Vabadussoja_Ajaloo_Komitee, lk 77
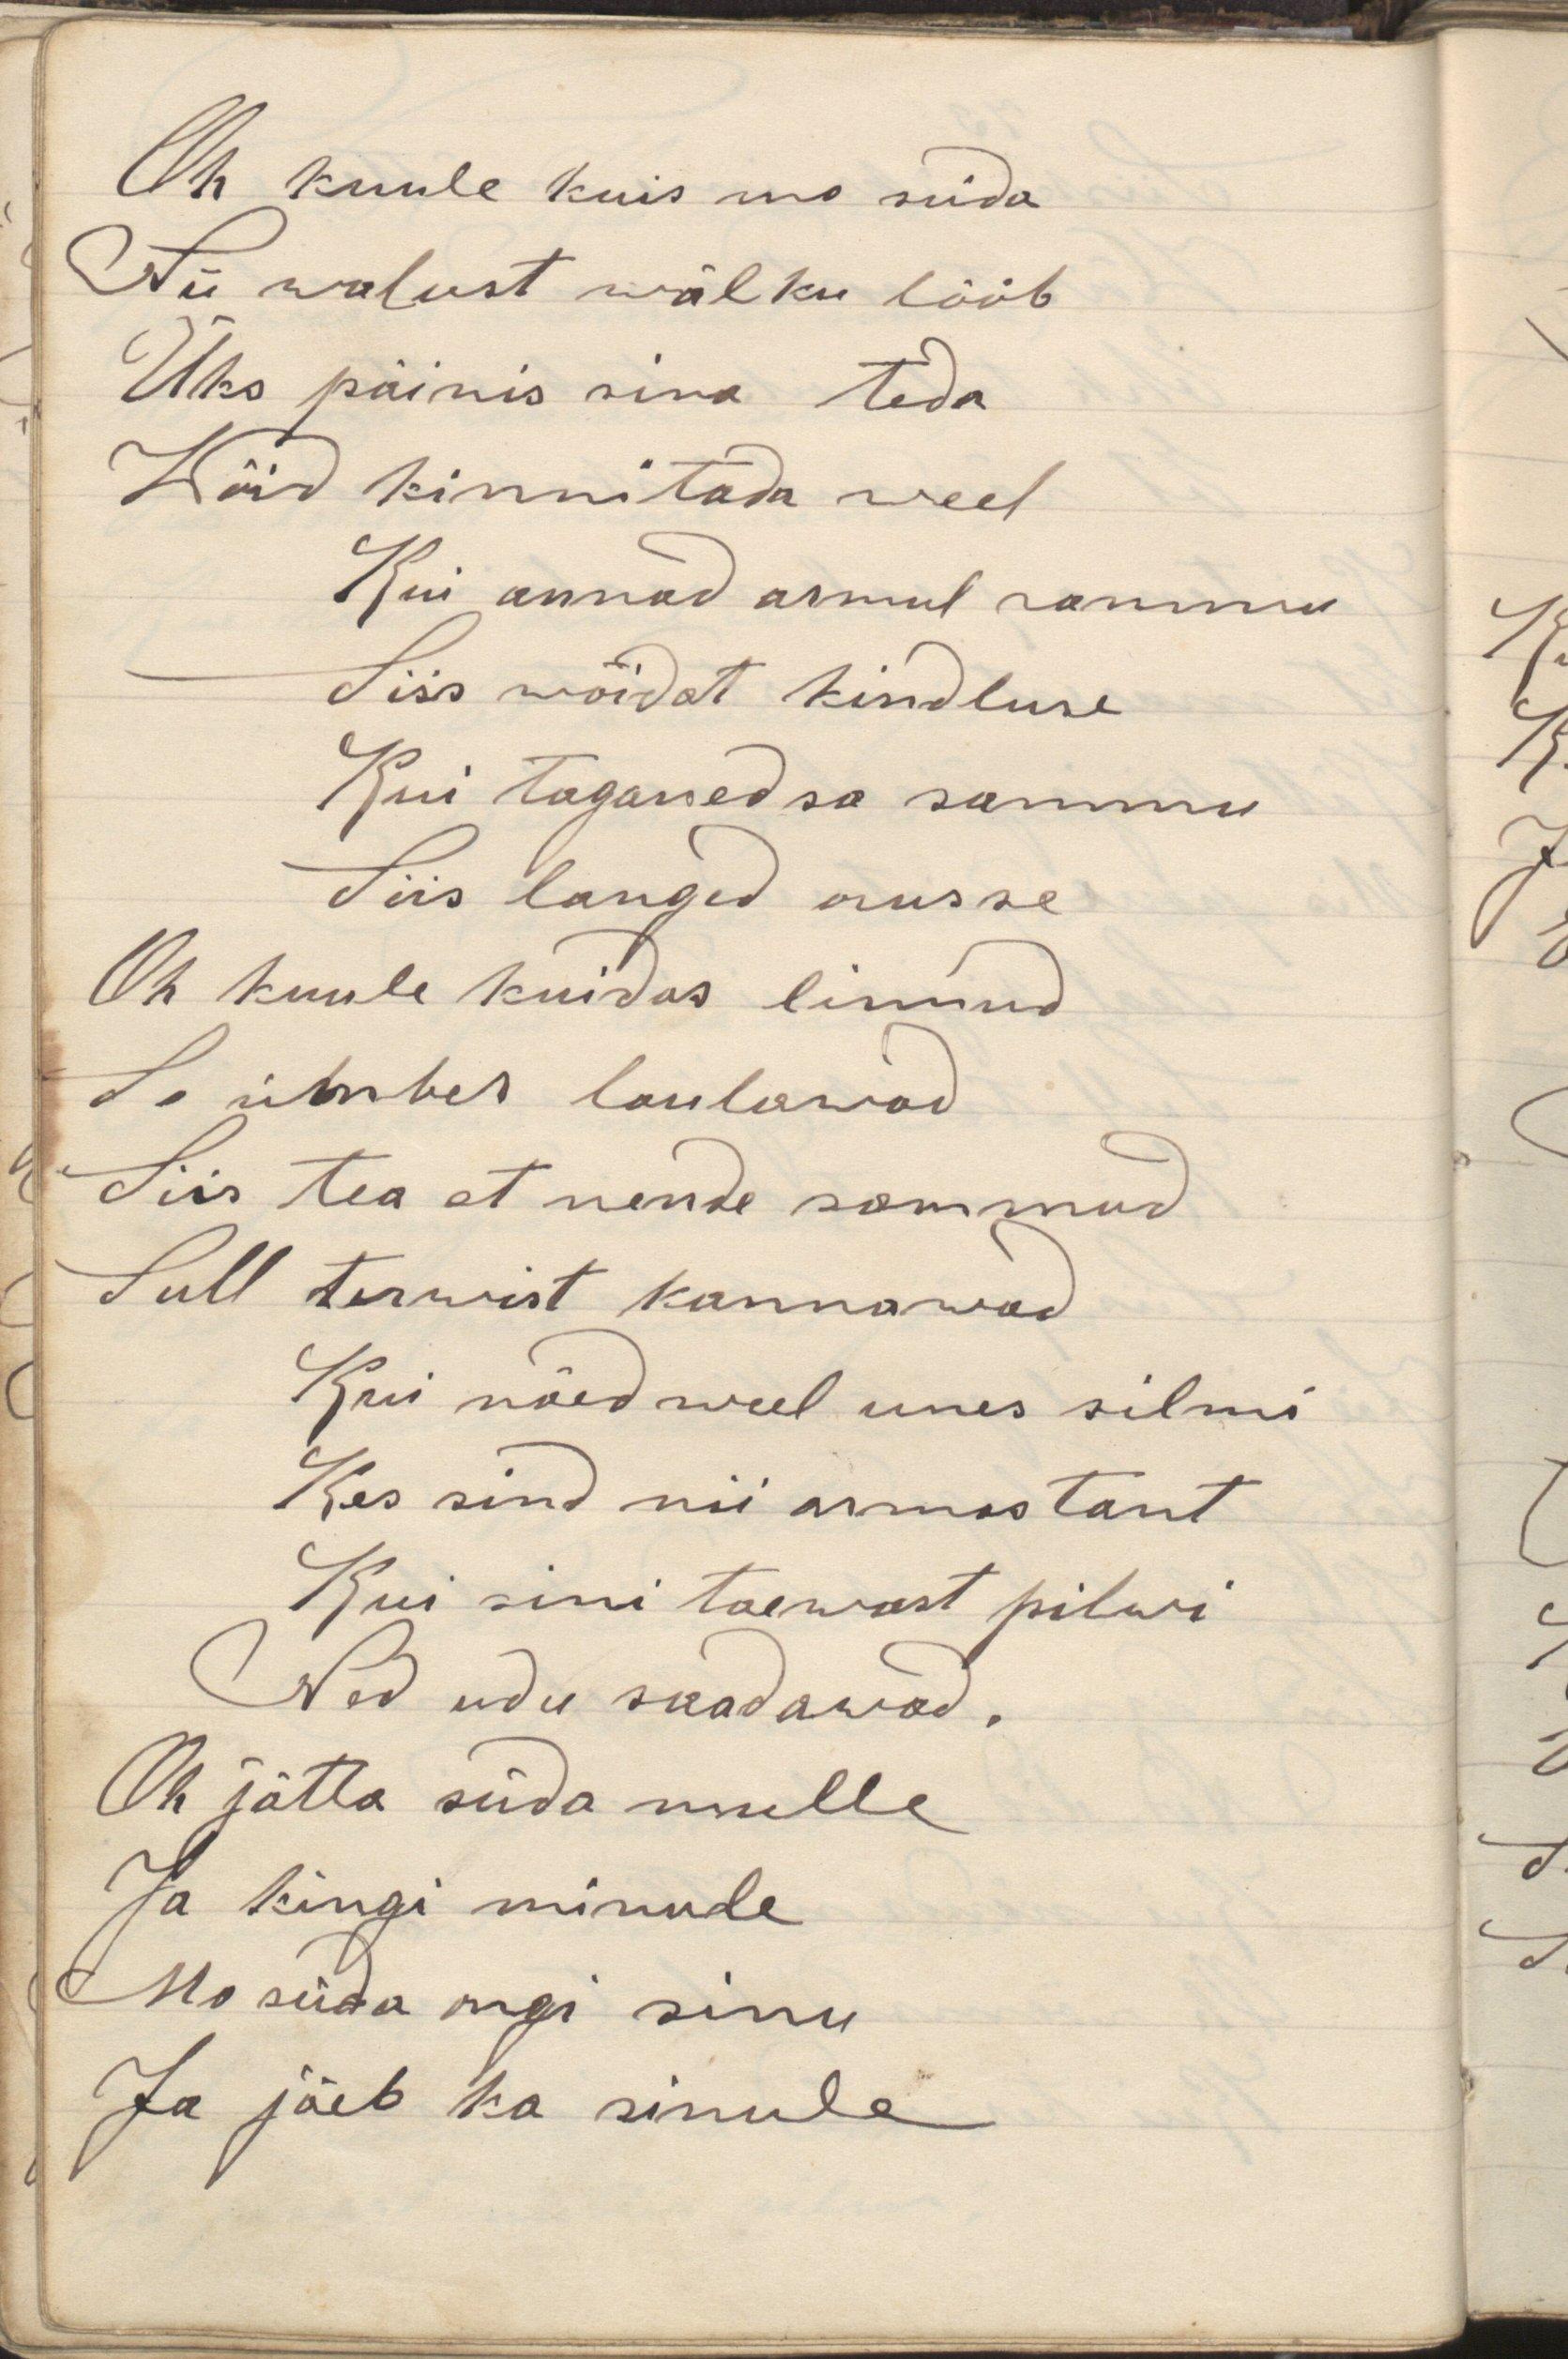
Oh kuule kuis mo süda
Nii walust wälku lööb
Üks päinis sina teda
Wõid kinnitada weel
Kui annad armul rammu
Siis wõidat kindluse
Kui taganed sa sammu
Siis langed orusse
Oh kuule kuidas linnud
So ümber laulavad
Siis tea et nende sammud
Sull terwist kannawad
Kui näed weel unes silmi
Kes sind nii armastant
Kui sini taewast pilwi
Ned udu saadawad.
Oh jätta süda mulle
Ja kingi minule
Mo süda ongi sinu
Ja jäeb ka sinule